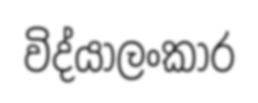
විද්යාලංකාර